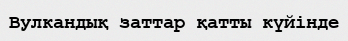
Вулкандық заттар қатты күйінде